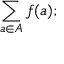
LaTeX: \sum _ { a \in A } f ( a ) ;